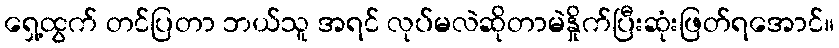
ရှေ့ထွက် တင်ပြတာ ဘယ်သူ အရင် လုပ်မလဲဆိုတာမဲနှိုက်ပြီးဆုံးဖြတ်ရအောင်။